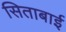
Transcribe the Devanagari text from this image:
सिताबाई